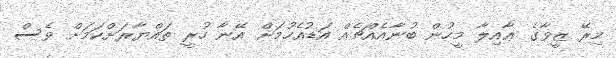
މިރޭ ޒީވާގެ ޢާއިލާ މީހުން ބުނާއެއްޗެއް އަޑުއެހުމަށް އޭނާ ހުރީ ތައްޔާރަށްކަމަށް ވެސް